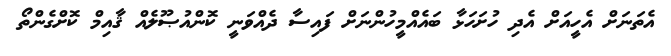
އެތަނަށް އެހީއަށް އެދި ހުށަހަޅާ ބައެއްމީހުންނަށް ފައިސާ ދެއްވަނީ ކޮންއުޞޫލެއް ޤާއިމް ކޮށްގެންތޯ